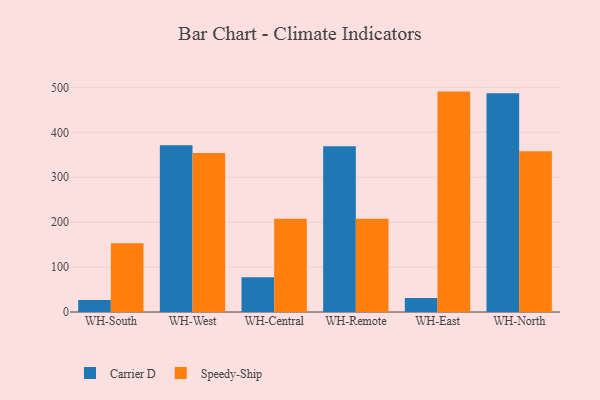
{"axis": {"x": "Warehouse", "y": "Backlog"}, "legend": ["Carrier D", "Speedy-Ship"], "data": [{"x": "WH-South", "y": 26.6, "type": "Carrier D"}, {"x": "WH-South", "y": 152.9, "type": "Speedy-Ship"}, {"x": "WH-West", "y": 370.9, "type": "Carrier D"}, {"x": "WH-West", "y": 354.0, "type": "Speedy-Ship"}, {"x": "WH-Central", "y": 77.1, "type": "Carrier D"}, {"x": "WH-Central", "y": 207.6, "type": "Speedy-Ship"}, {"x": "WH-Remote", "y": 369.1, "type": "Carrier D"}, {"x": "WH-Remote", "y": 207.6, "type": "Speedy-Ship"}, {"x": "WH-East", "y": 31.2, "type": "Carrier D"}, {"x": "WH-East", "y": 490.6, "type": "Speedy-Ship"}, {"x": "WH-North", "y": 486.7, "type": "Carrier D"}, {"x": "WH-North", "y": 358.1, "type": "Speedy-Ship"}]}